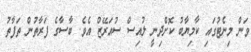
ވަން މިނެޓުގައި ކާމިޔާބު ކޮށްދިނީ ލުއިސް ސުއަރޭޒް އެވެ. ބާސާގެ ފަރާތުން ތަފާތު